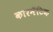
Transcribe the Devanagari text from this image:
कारनॅटिक